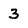
Character: 3